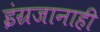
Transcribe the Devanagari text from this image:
इंग्रजानाही